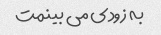
به زودی می بینمت